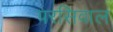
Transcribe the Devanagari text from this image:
परसिवाल